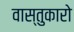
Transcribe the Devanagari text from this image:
वास्तुकारो